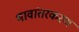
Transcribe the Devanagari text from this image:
भावांतरकरण